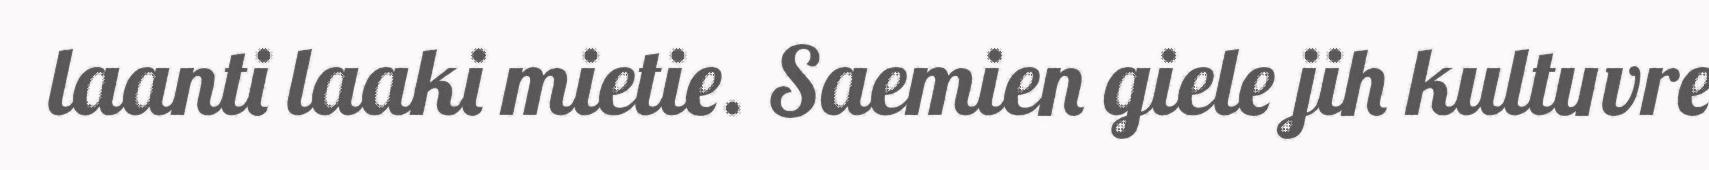
laanti laaki mietie. Saemien giele jih kultuvre